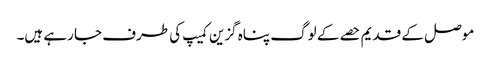
موصل کے قدیم حصے کے لوگ پناہ گزین کمیپ کی طرف جا رہے ہیں۔